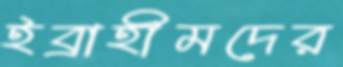
ইব্রাহীমদের